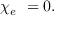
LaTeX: \chi _ { e } \ = 0 .